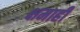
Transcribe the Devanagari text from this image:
क्षमाही